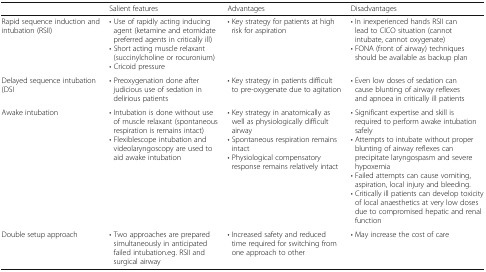
<table><thead><tr><td></td><td><b>Salient features</b></td><td><b>Advantages</b></td><td><b>Disadvantages</b></td></tr></thead><tbody><tr><td>Rapid sequence induction and intubation (RSII)</td><td>• Use of rapidly acting inducing agent (ketamine and etomidate preferred agents in critically ill)• Short acting muscle relaxant (succinylcholine or rocuronium)• Cricoid pressure</td><td>• Key strategy for patients at high risk for aspiration</td><td>• In inexperienced hands RSII can lead to CICO situation (cannot intubate, cannot oxygenate)• FONA (front of airway) techniques should be available as backup plan</td></tr><tr><td>Delayed sequence intubation (DSI</td><td>• Preoxygenation done after judicious use of sedation in delirious patients</td><td>• Key strategy in patients difficult to pre-oxygenate due to agitation</td><td>• Even low doses of sedation can cause blunting of airway reflexes and apnoea in critically ill patients</td></tr><tr><td>Awake intubation</td><td>• Intubation is done without use of muscle relaxant (spontaneous respiration is remains intact)• Flexiblescope intubation and videolaryngoscopy are used to aid awake intubation</td><td>• Key strategy in anatomically as well as physiologically difficult airway• Spontaneous respiration remains intact• Physiological compensatory response remains relatively intact</td><td>• Significant expertise and skill is required to perform awake intubation safely• Attempts to intubate without proper blunting of airway reflexes can precipitate laryngospasm and severe hypoxemia• Failed attempts can cause vomiting, aspiration, local injury and bleeding.• Critically ill patients can develop toxicity of local anaesthetics at very low doses due to compromised hepatic and renal function</td></tr><tr><td>Double setup approach</td><td>• Two approaches are prepared simultaneously in anticipated failed intubation.eg. RSII and surgical airway</td><td>• Increased safety and reduced time required for switching from one approach to other</td><td>• May increase the cost of care</td></tr></tbody></table>